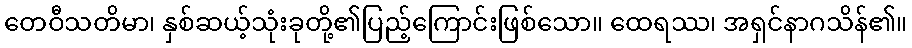
တေဝီသတိမာ၊ နှစ်ဆယ့်သုံးခုတို့၏ပြည့်ကြောင်းဖြစ်သော။ ထေရဿ၊ အရှင်နာဂသိန်၏။